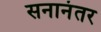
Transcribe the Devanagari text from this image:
सनानंतर